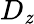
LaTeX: D_{\mathit{z}}